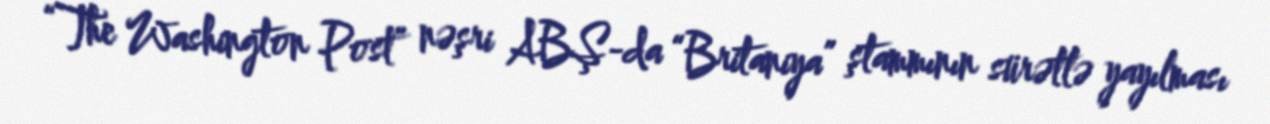
“The Washington Post” nəşri ABŞ-da “Britaniya” ştammının sürətlə yayılması